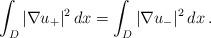
LaTeX: \begin{align*}\int_D|\nabla u_+|^2\,dx=\int_D|\nabla u_-|^2\,dx\,.\end{align*}